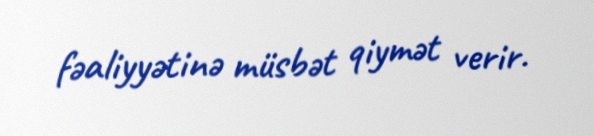
fəaliyyətinə müsbət qiymət verir.